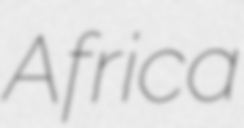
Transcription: Africa